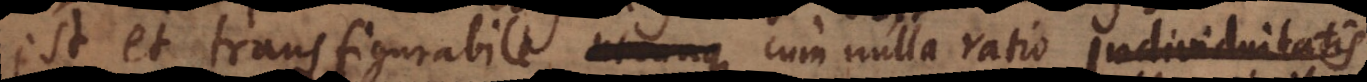
est et transfigurabile cum nulla ratio individuitatis